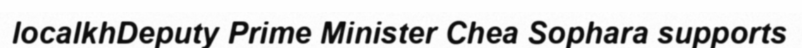
localkhDeputy Prime Minister Chea Sophara supports